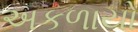
અકળાયો